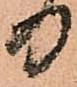
る